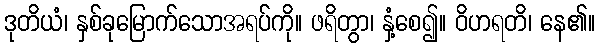
ဒုတိယံ၊ နှစ်ခုမြောက်သောအရပ်ကို။ ဖရိတွာ၊ နှံ့စေ၍။ ဝိဟရတိ၊ နေ၏။